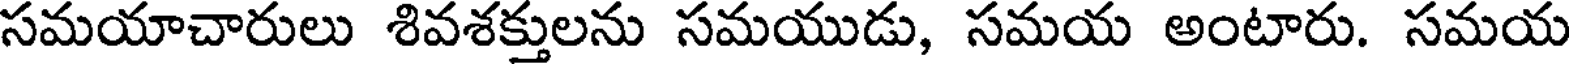
సమయాచారులు శివశక్తులను సమయుడు, సమయ అంటారు. సమయ